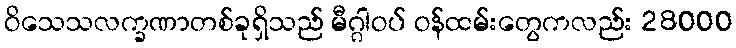
ဝိသေသလက္ခဏာတစ်ခုရှိသည် မီဂ္ဂါဝပ် ဝန်ထမ်းတွေကလည်း 28000